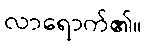
လာရောက်၏။